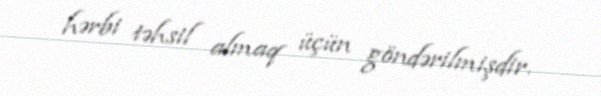
hərbi təhsil almaq üçün göndərilmişdir.